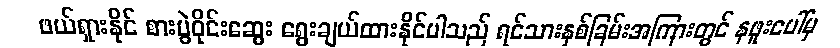
ဖယ်ရှားနိုင် စားပွဲဝိုင်းဆွေး ရွေးချယ်ထားနိုင်ပါသည် ရင်သားနှစ်ခြမ်းအကြားတွင် နဖူးပေါ်မှ